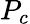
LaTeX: P_{c}